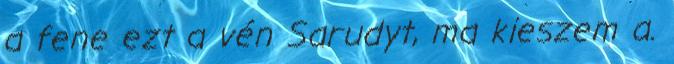
a fene ezt a vén Sarudyt, ma kieszem a.